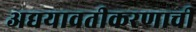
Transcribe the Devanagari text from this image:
अद्ययावतीकरणाची